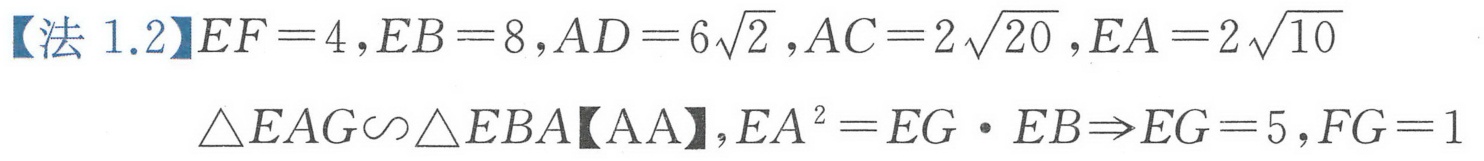
【法 1.2】$EF = 4,EB = 8,AD = 6\sqrt{2},AC = 2\sqrt{20},EA = 2\sqrt{10}$
$\triangle EAG\sim\triangle EBA【AA】,EA^{2}=EG\cdot EB\Rightarrow EG = 5,FG = 1$